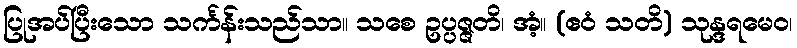
ပြုအပ်ပြီးသော သင်္ကန်းသည်သာ။ သစေ ဥပ္ပဇ္ဇတိ၊ အံ့။ (ဧဝံ သတိ) သုန္ဒရမေဝ၊